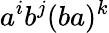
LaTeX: a^{i}b^{j}(ba)^{k}